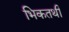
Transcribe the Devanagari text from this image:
भिकतथी